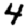
Digit: 4